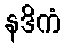
နဒိကံ